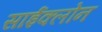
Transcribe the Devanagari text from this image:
साईक्लोन